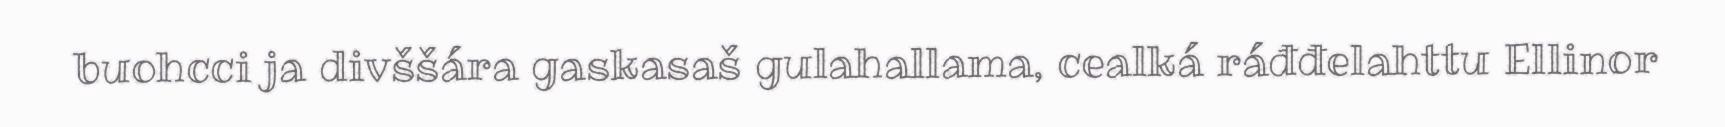
buohcci ja divššára gaskasaš gulahallama, cealká ráđđelahttu Ellinor